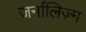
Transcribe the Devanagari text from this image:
जर्नालिज़्म